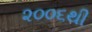
૨૦૦૬થી